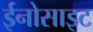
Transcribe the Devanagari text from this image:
ईनोसाइट